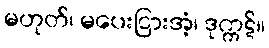
မဟုတ်၊ မပေးငြားအံ့၊ ဒုက္ကဋ်။